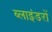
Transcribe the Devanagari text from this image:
ब्लाइंडरों